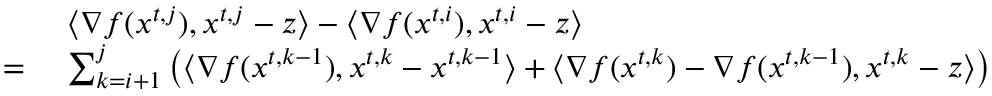
\begin{array} { r l } & { \langle \nabla f ( { x } ^ { t , j } ) , { x } ^ { t , j } - { z } \rangle - \langle \nabla f ( { x } ^ { t , i } ) , { x } ^ { t , i } - { z } \rangle } \\ { = \ } & { \sum _ { k = i + 1 } ^ { j } \left( \langle \nabla f ( { x } ^ { t , k - 1 } ) , { x } ^ { t , k } - { x } ^ { t , k - 1 } \rangle + \langle \nabla f ( { x } ^ { t , k } ) - \nabla f ( { x } ^ { t , k - 1 } ) , { x } ^ { t , k } - { z } \rangle \right) } \end{array}